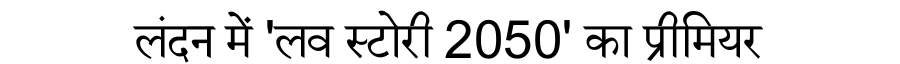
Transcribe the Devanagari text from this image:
लंदन में 'लव स्टोरी 2050' का प्रीमियर